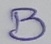
Text: B